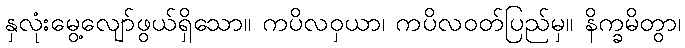
နှလုံးမွေ့လျော်ဖွယ်ရှိသော။ ကပိလဝှယာ၊ ကပိလဝတ်ပြည်မှ။ နိက္ခမိတွာ၊